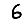
Digit: 6